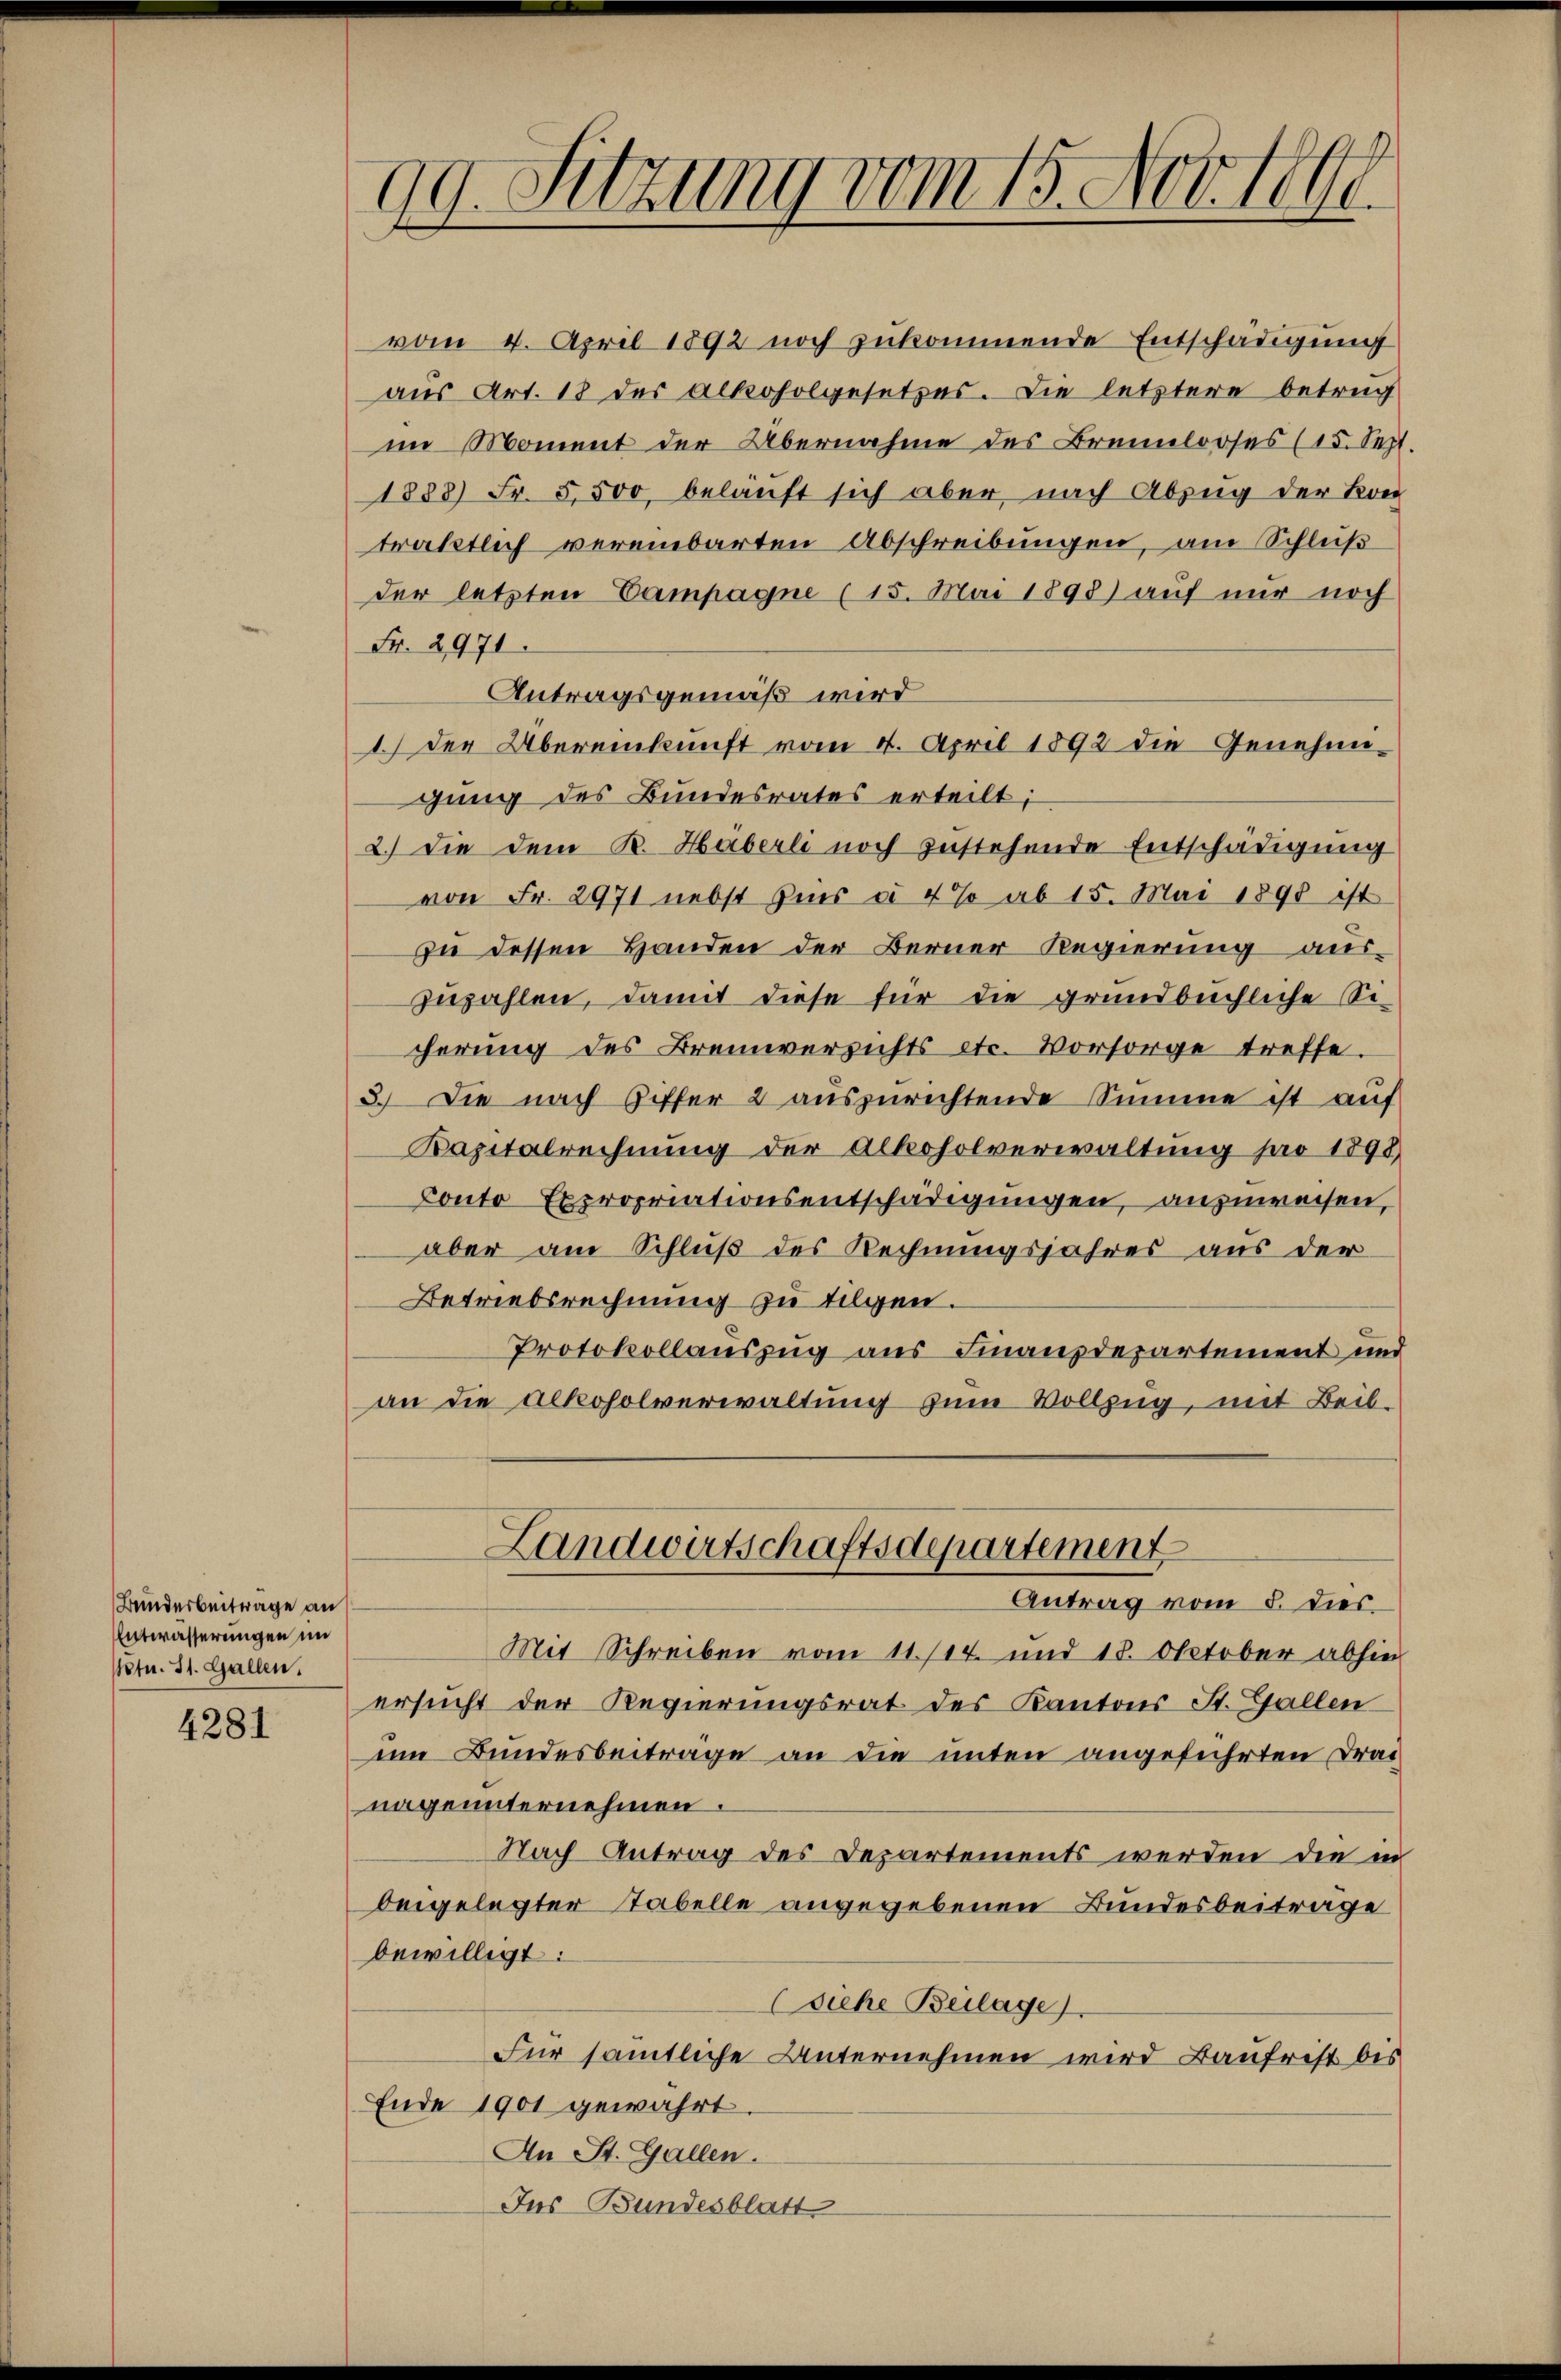
Bunderbeiträge an
Entwässerungen im
Petu. 31. Gallen.

4281

vom 4. April 1892 noch zukommende Entschädigung
aus Art. 18 des alkoholgesetzes. Die letztere betrug
im Moment der Übernahme des Brennlooses (15. Sept.
1888) Fr. 5500 belauft sich aber nach Abzug der Kon-
trattlich vereinbarten Abschreibungen, am Schluß
der letzten Campagne (15. Mai 1898) auf nur noch
Fr. 2971.
Antragsgemäß wird
1.) Der Übereinkunft vom 4. April 1892 die Genehmigung des Bundesrates erteilt;
2.) Die dem K. Häberli noch zustehende Entschädigung
von Fr. 2971 nebst hier à 4% ab 15. Mai 1891 ist
zu dessen Handen der Berner Regierung aus-
zuzahlen, damit diese für die grundbüchliche Ei-
cherung des Brennversichts etc. Vorsorge treffe.
3.) Die nach Ziffer 2 auszurichtende Summe ist auf
Kapitalrechnung der Alkoholverwaltung pro 1898
Conto Expropriationsentschädigungen, anzuweisen,
aber am Schluß des Rechnungsjahres aus der
Betriebsrechnung zu tilgen.
Protokollauszug aus Finanzdepartement und
an die Alkoholverwaltung zum Vollzug, mit Beil-

99. Sitzung vom 15. Nov. 1890.

Landwirtschaftsdepartement
Antrag vom 8. dies

Mit Schreiben vom 11./14. und 18. Oktober abhin
ersucht der Regierungsrat des Kantons St. Gallen
um Bundesbeiträge an die unten angeführten Drai-
nageunternehmen.
Nach Antrag des Departements werden die in
beigelegter Tabelle angegebenen Bundesbeiträge
bewilligt.
(Siehe Beilage)
Für sämtliche Unternehmen wird Baufrist bis
Ende 1901 gewährt.
An St. Gallen.
Ins Bundesblatt